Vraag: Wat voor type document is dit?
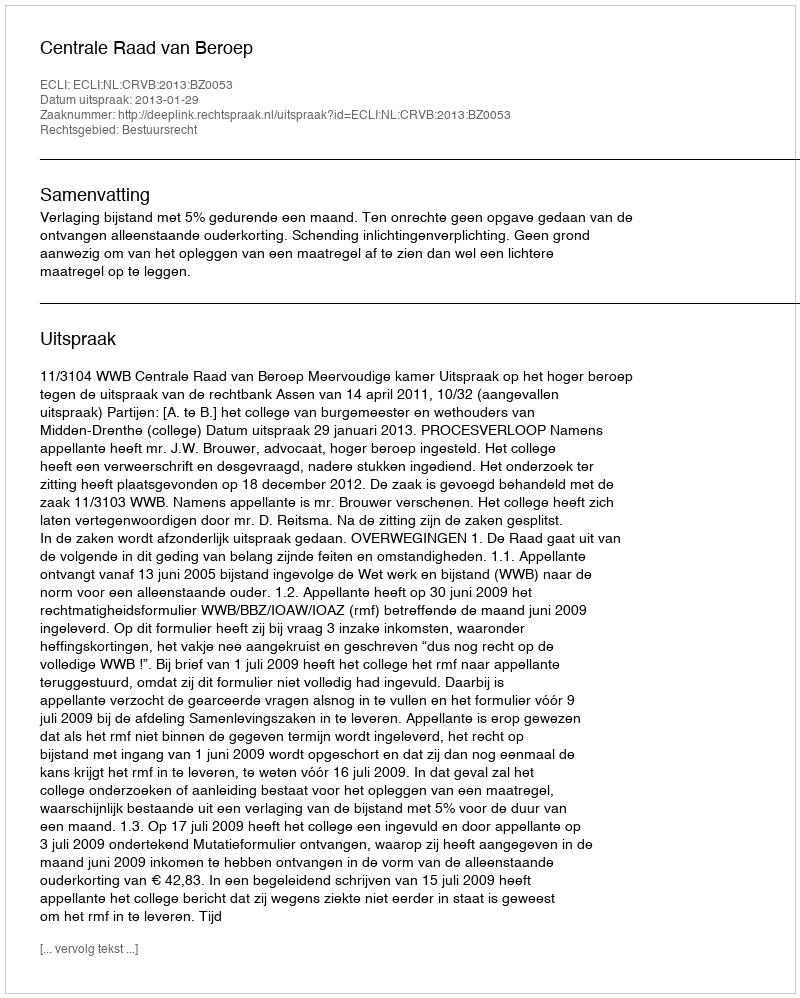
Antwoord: Uitspraak